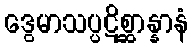
ဒွေမာသပ္ပဋိစ္ဆာန္နာနံ